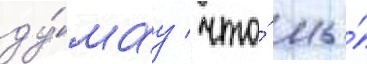
ду́мау / что́ мы́